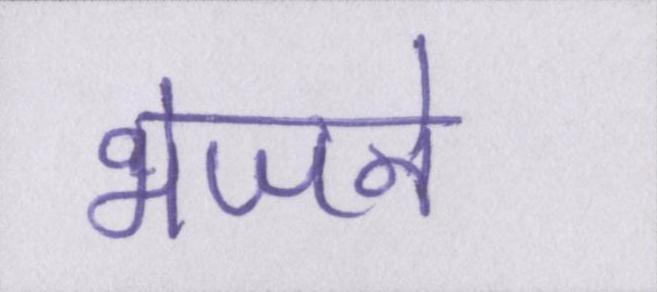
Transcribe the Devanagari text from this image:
भेजने